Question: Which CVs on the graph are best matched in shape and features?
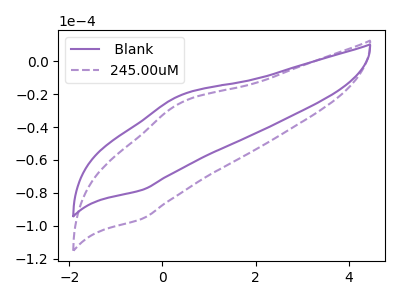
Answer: <think>The purple curve " Blank" has an anodic peak at (0.35V, -20.90uA) and a cathodic peak at (-0.45V, -78.30uA). The purple dashed curve "245.00uM" has an anodic peak at (0.35V, -25.60uA) and a cathodic peak at (-0.45V, -95.85uA).
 All the peaks in " Blank" have a peak in "245.00uM" at the same potential.</think>
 <answer>" Blank" and "245.00uM" have the same shape and are likely CV's of the same chemical.</answer>
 <eval>" Blank" "245.00uM"</eval>